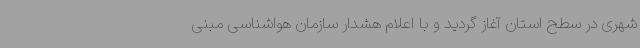
شهری در سطح استان آغاز گردید و با اعلام هشدار سازمان هواشناسی مبنی